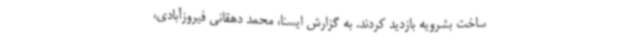
ساخت بشرویه بازدید کردند. به گزارش ایسنا، محمد دهقانی فیروزآبادی،